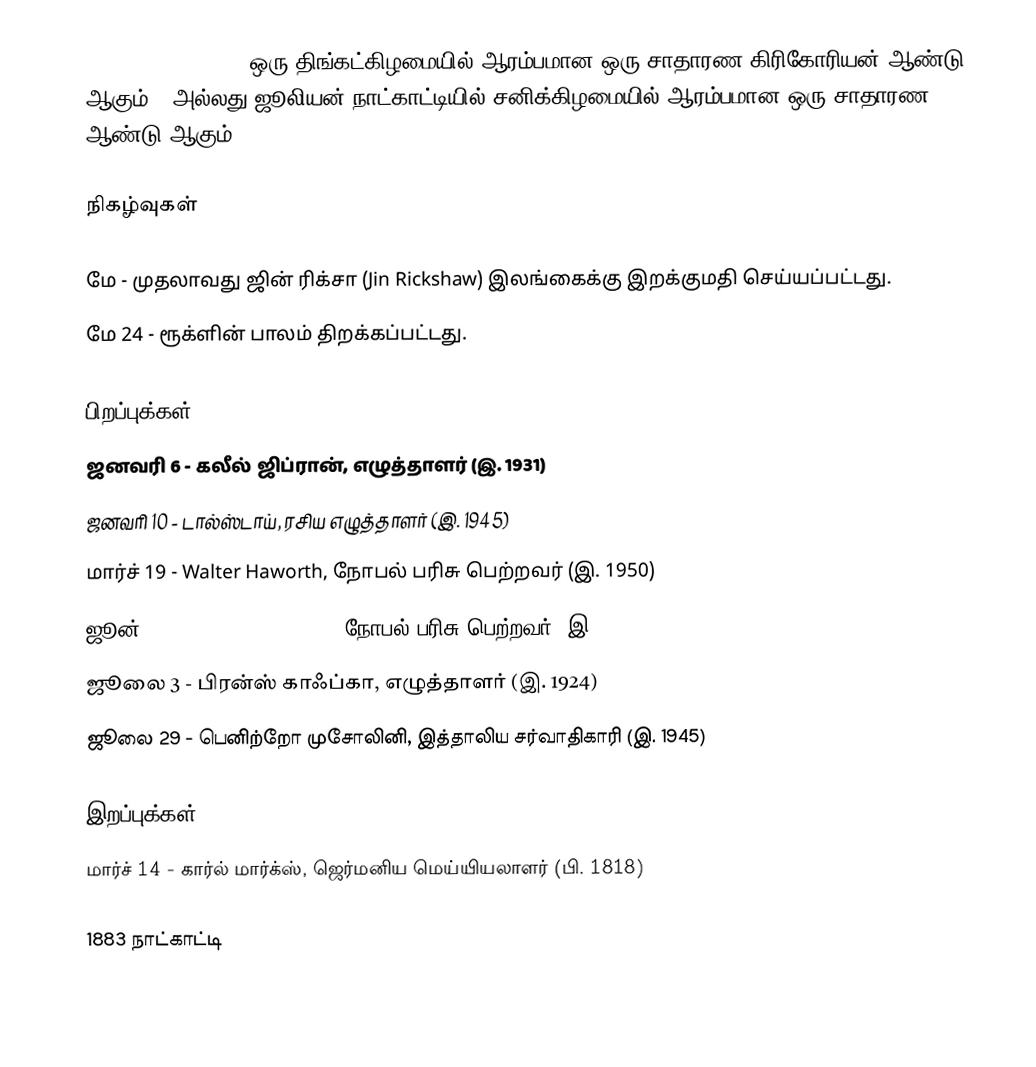
1883  (MDCCCLXXXIII) ஒரு திங்கட்கிழமையில் ஆரம்பமான ஒரு சாதாரண கிரிகோரியன் ஆண்டு ஆகும். (அல்லது ஜூலியன் நாட்காட்டியில் சனிக்கிழமையில் ஆரம்பமான ஒரு சாதாரண ஆண்டு ஆகும்).

நிகழ்வுகள்

 மே - முதலாவது ஜின் ரிக்சா (Jin Rickshaw) இலங்கைக்கு இறக்குமதி செய்யப்பட்டது.
 மே 24 - ரூக்ளின் பாலம் திறக்கப்பட்டது.

பிறப்புக்கள்
 ஜனவரி 6 - கலீல் ஜிப்ரான், எழுத்தாளர் (இ. 1931)
 ஜனவரி 10 - டால்ஸ்டாய், ரசிய எழுத்தாளர் (இ. 1945)
 மார்ச் 19 - Walter Haworth, நோபல் பரிசு பெற்றவர் (இ. 1950)
 ஜூன் 24 - Victor Franz Hess, நோபல் பரிசு பெற்றவர் (இ. 1964)
 ஜூலை 3 - பிரன்ஸ் காஃப்கா, எழுத்தாளர் (இ. 1924)
 ஜூலை 29 - பெனிற்றோ முசோலினி, இத்தாலிய சர்வாதிகாரி (இ. 1945)

இறப்புக்கள்
 மார்ச் 14 - கார்ல் மார்க்ஸ், ஜெர்மனிய மெய்யியலாளர் (பி. 1818)

1883 நாட்காட்டி